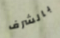
بالشرف